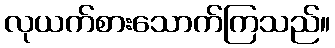
လုယက်စားသောက်ကြသည်။